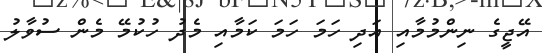
އޭޖީގެ ނިންމުމާއި އަދި ހަމަ ހަމަ ކަމާއި މެދު ހުކުމޭ މެން ސުވާލު